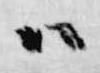
ハ